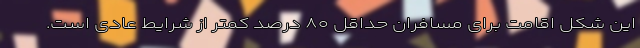
این شکل اقامت برای مسافران حداقل ۸۰ درصد کمتر از شرایط عادی است.